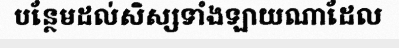
បន្ថែមដល់សិស្សទាំងឡាយណាដែល